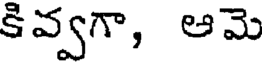
కివ్వగా, ఆమె